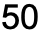
50